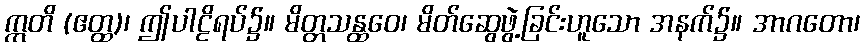
ဣတိ (ဧတ္ထ)၊ ဤပါဠိရပ်၌။ မိတ္တသန္ထဝေ၊ မိတ်ဆွေဖွဲ့ခြင်းဟူသော အနက်၌။ အာဂတော၊